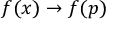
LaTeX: f ( x ) \to f ( p )